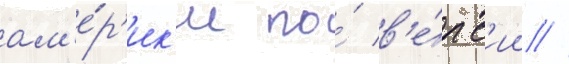
ам'е́р'ик'и по́ в'е́рс'ии //